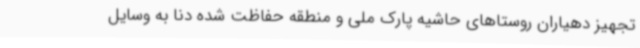
تجهیز دهیاران روستاهای حاشیه پارک ملی و منطقه حفاظت شده دنا به وسایل